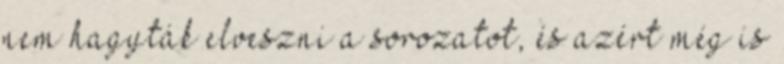
nem hagyták elveszni a sorozatot, és azért még is